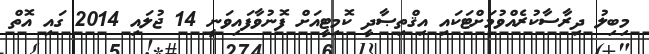
މިބިލު ދިރާސާކުރެއްވުމަށްޓަކައި އިޤްތިޞާދީ ކޮމިޓީއަށް ފޮނުވާފައިވަނީ 14 ޖުލައި 2014 ގައި އޮތް